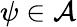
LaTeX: \psi\in\mathcal A